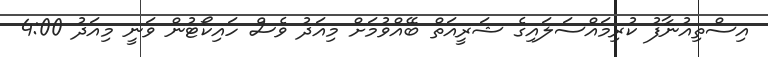
އިސްތިއުނާފު ކުރިމައްސަލައިގެ ޝަރީއަތް ބޭއްވުމަށް މިއަދު ވެސް ހައިކޯޓުން ވަނީ މިއަދު 4:00